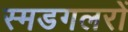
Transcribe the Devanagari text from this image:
स्मडगलरों